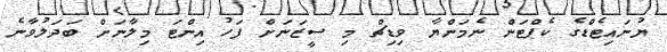
ޔުނައިޓެޑްގެ ކެޕްޓަން ނެމަންޔާ ވިޑިޗް މި ސީޒަނަށް ފަހު އިންޓަ މިލާނަށް ބަދަލުވާނެ